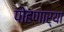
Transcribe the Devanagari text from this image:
पोहणार्‍या